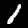
Label: 1